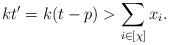
LaTeX: \begin{align*}kt'=k(t-p)>\sum_{i\in [\chi]}x_i.\end{align*}